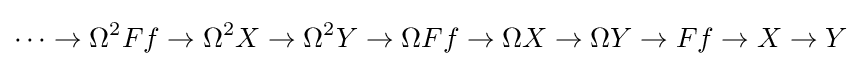
\cdots \to \Omega ^{2}Ff\to \Omega ^{2}X\to \Omega ^{2}Y\to \Omega Ff\to \Omega X\to \Omega Y\to Ff\to X\to Y